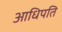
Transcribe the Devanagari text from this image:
आधिपति